Plague in India, 1896, 1897 - Volume 3
Year: 1896
Disease focus: Plague
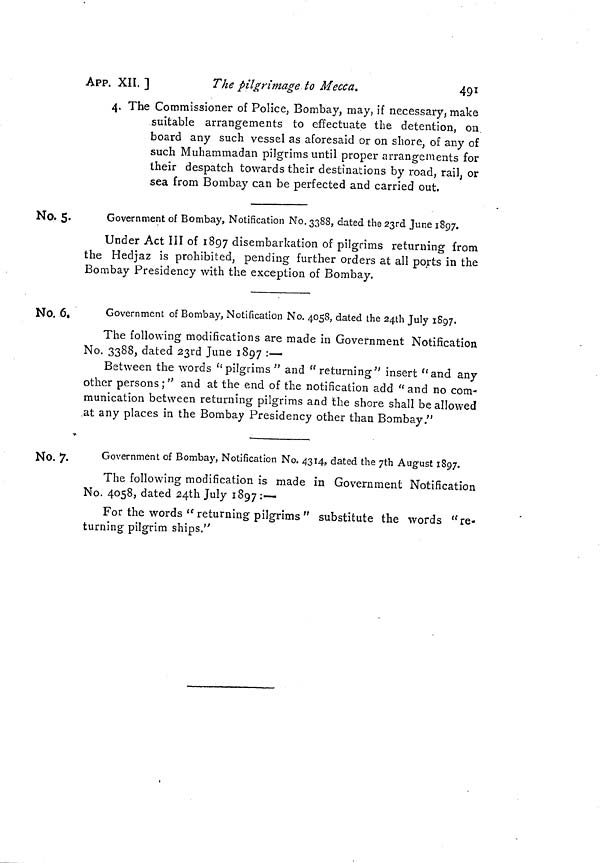
APP. XII.]
The pilgrimage to Mecca.
491
4. The Commissioner of Police, Bombay, may, if necessary, make
suitable arrangements to effectuate the detention, on
board any such vessel as aforesaid or on shore, of any of
such Muhammadan pilgrims until proper arrangements for
their despatch towards their destinations by road, rail, or
sea from Bombay can be perfected and carried out.
No. 5.
Government of Bombay, Notification No. 3388, dated the 23rd June 1897.
Under Act III of 1897 disembarkation of pilgrims returning from
the Hedjaz is prohibited, pending further orders at all ports in the
Bombay Presidency with the exception of Bombay.
No. 6.
Government of Bombay, Notification No. 4058, dated the 24th July 1897.
The following modifications are made in Government Notification
No. 3388, dated 23rd June 1897 :—
Between the words "pilgrims" and " returning " insert " and any
other persons ; " and at the end of the notification add " and no com-
munication between returning pilgrims and the shore shall be allowed
at any places in the Bombay Presidency other than Bombay."
No. 7.
Government of Bombay, Notification No. 4314, dated the 7th August 1897.
The following modification is made in Government Notification
No. 4058, dated 24th July
1 8 9 7 : - F o r
turning pilgrim ships.''